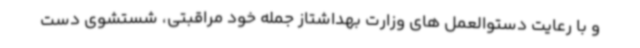
و با رعایت دستوالعمل های وزارت بهداشتاز جمله خود مراقبتی، شستشوی دست